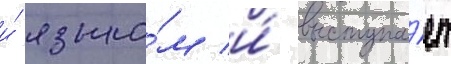
и́ языко́м и́ выступа́ет